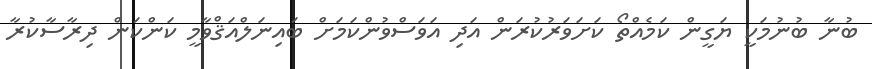
ބުނާ ބުނުމަކީ ޔަގީން ކަމެއްތޯ ކަށަވަރުކުރަން އަދި އަވަސްވުންކަމަށް ބައިނަލްއަޤްވާމީ ކަންކަން ދިރާސާކުރާ